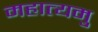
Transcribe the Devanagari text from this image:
महात्यमु